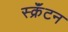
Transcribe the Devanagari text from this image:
स्क्रॅंटन